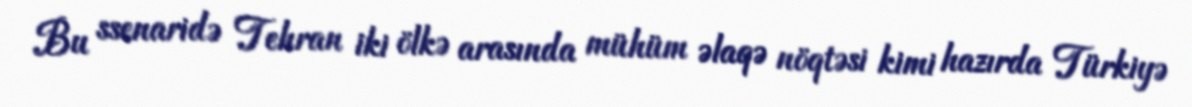
Bu ssenaridə Tehran iki ölkə arasında mühüm əlaqə nöqtəsi kimi hazırda Türkiyə